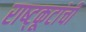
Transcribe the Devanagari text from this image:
राष्ट्कूटांची